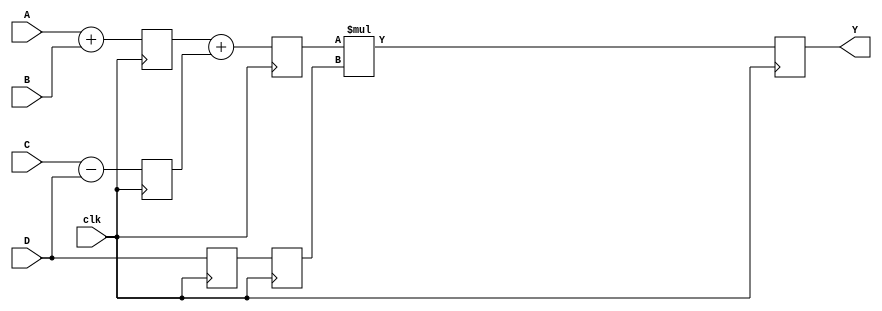
// Implementation of Pipelining
// Here I am implementing simple 3-stage pipeline 
// This code computes Y = ((A+B)-(C-D))*D
module pipe(clk,A,B,C,D,Y);
	// Considering N-Bit input
	parameter N = 10;
	input clk;
	input [N-1:0] A,B,C,D;
	output [N-1:0] Y;
	// Declaring intermediate latches
	reg [N-1:0] L12_X1,L12_X2,L12_D,L23_X3,L23_D,L34_Y;
	assign Y = L34_Y;
	// Here I used seperate always blocks for each and every stage
	// Stage-01
	always @(posedge clk)
		begin
			L12_X1 <= #4 A+B;
			L12_X2 <= #4 C-D;
			L12_D <= D;
		end
	// Stage-02
	always @(posedge clk)
		begin
			L23_X3 <= #4 L12_X1+L12_X2;
			L23_D <= L12_D;
		end
	// Stage-03
	always @(posedge clk)
		begin
			L34_Y = #6 L23_X3 * L23_D;
		end
endmodule